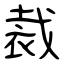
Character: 裁